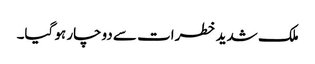
ملک شدید خطرات سے دوچار ہو گیا۔